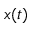
x ( t )